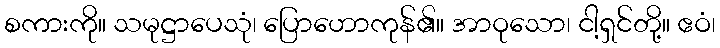
စကားကို။ သမုဋ္ဌာပေသုံ၊ ပြောဟောကုန်၏။ အာဝုသော၊ ငါ့ရှင်တို့။ ဧဝံ၊